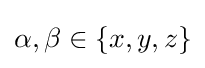
\alpha ,\beta \in \{x,y,z\}